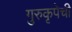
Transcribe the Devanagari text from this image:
गुरुकृपेची